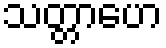
သတ္တာဟေ